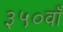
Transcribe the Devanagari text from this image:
३५०वाँ